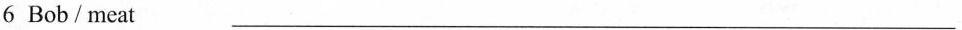
6 Bob/meat ___